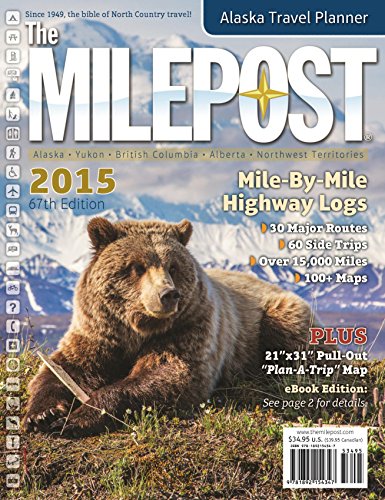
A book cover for Milepost 2015; Travel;